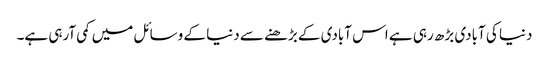
دنیا کی آبادی بڑھ رہی ہے اس آبادی کے بڑھنے سے دنیا کے وسائل میں کمی آرہی ہے۔